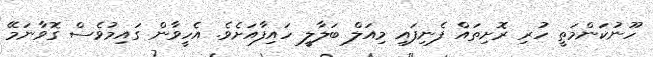
ހޫނުކަންމަތީ ހުރި ރޮށިތައް ފެނިފައި މިއަލް ބަލާލީ ހައިފާއަށެވެ. އެހީވާން ގައިމުވެސް ގޮވާނަމޭ